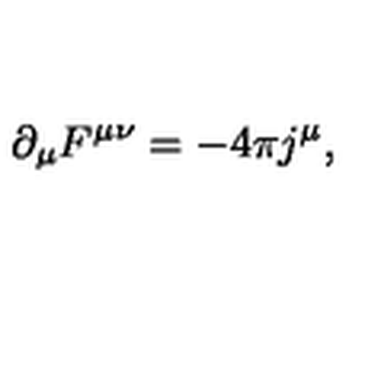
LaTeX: \partial _ { \mu } F ^ { \mu \nu } = - 4 \pi j ^ { \mu } ,